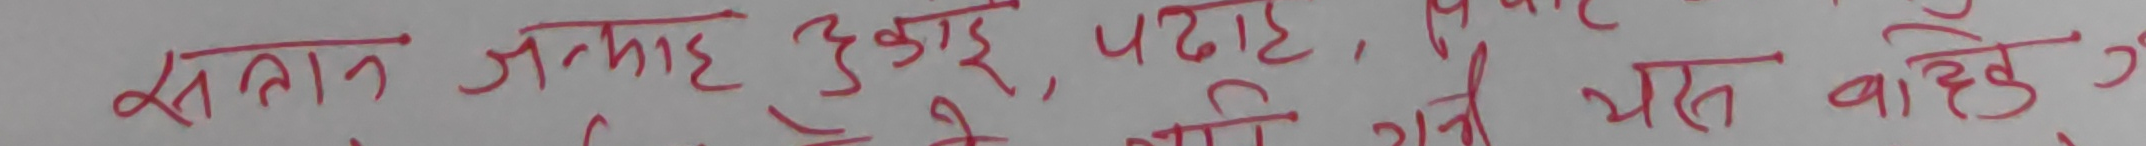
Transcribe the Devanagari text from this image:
समान, जन्माह, दुइ, पढाए, राती, यस बाहेक ३